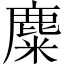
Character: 麋